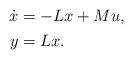
LaTeX: \begin{align*} \begin{aligned} \dot{x} & = -L x + M u, \\ y & = L x. \end{aligned}\end{align*}